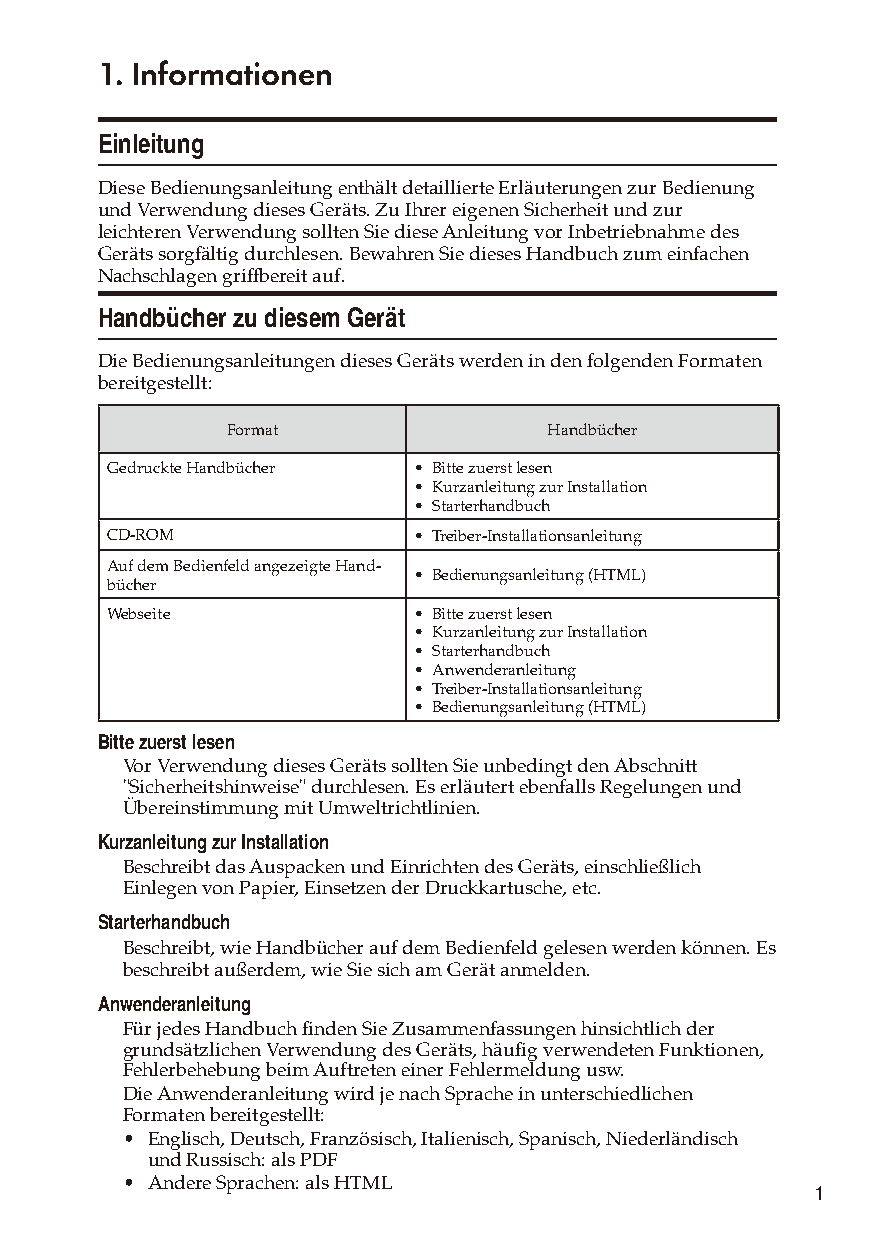
1. Informationen
 Einleitung
 Diese Bedienungsanleitung enthält detaillierte Erläuterungen zur Bedienung
 und Verwendung dieses Geräts. Zu Ihrer eigenen Sicherheit und zur
 leichteren Verwendung sollten Sie diese Anleitung vor Inbetriebnahme des
 Geräts sorgfältig durchlesen. Bewahren Sie dieses Handbuch zum einfachen
 Nachschlagen griffbereit auf.
 Handbücher zu diesem Gerät
 Die Bedienungsanleitungen dieses Geräts werden in den folgenden Formaten
 bereitgestellt:
 Format               Handbücher
 Gedruckte Handbücher • Bitte zuerst lesen
 • Kurzanleitung zur Installation
 • Starterhandbuch
 CD-ROM              • Treiber-Installationsanleitung
 Auf dem Bedienfeld angezeigte Hand-
 • Bedienungsanleitung (HTML)
 bücher
 Webseite            • Bitte zuerst lesen
 • Kurzanleitung zur Installation
 • Starterhandbuch
 • Anwenderanleitung
 • Treiber-Installationsanleitung
 • Bedienungsanleitung (HTML)
 Bitte zuerst lesen
 Vor Verwendung dieses Geräts sollten Sie unbedingt den Abschnitt
 "Sicherheitshinweise" durchlesen. Es erläutert ebenfalls Regelungen und
 Übereinstimmung mit Umweltrichtlinien.
 Kurzanleitung zur Installation
 Beschreibt das Auspacken und Einrichten des Geräts, einschließlich
 Einlegen von Papier, Einsetzen der Druckkartusche, etc.
 Starterhandbuch
 Beschreibt, wie Handbücher auf dem Bedienfeld gelesen werden können. Es
 beschreibt außerdem, wie Sie sich am Gerät anmelden.
 Anwenderanleitung
 Für jedes Handbuch finden Sie Zusammenfassungen hinsichtlich der
 grundsätzlichen Verwendung des Geräts, häufig verwendeten Funktionen,
 Fehlerbehebung beim Auftreten einer Fehlermeldung usw.
 Die Anwenderanleitung wird je nach Sprache in unterschiedlichen
 Formaten bereitgestellt:
 • Englisch, Deutsch, Französisch, Italienisch, Spanisch, Niederländisch
 und Russisch: als PDF
 • Andere Sprachen: als HTML
 1